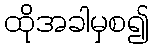
ထိုအခါမှစ၍